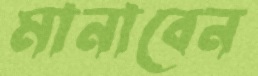
মানাবেন